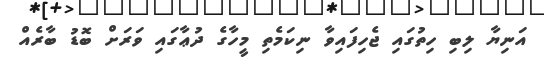
އަނިޔާ ލިބި ހިތުގައި ޖެހިފައިވާ ނިކަމެތި މީހާގެ ދުޢާގައި ވަރަށް ބޮޑު ބާރެއް